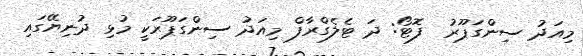
މިއަދު ސިންގަޕޫރު  ފޮޓޯ: ދަ ޓެލެގްރާފް މިއަދު ސިންގަޕޫރަކީ މުޅި ދުނިޔޭގައި